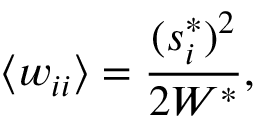
\langle w _ { i i } \rangle = \frac { ( s _ { i } ^ { * } ) ^ { 2 } } { 2 W ^ { * } } ,